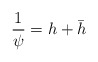
\begin{align*}\frac{1}{\psi}=h+\bar{h}\end{align*}